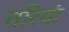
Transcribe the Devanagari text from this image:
तरियां